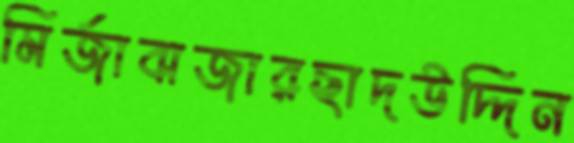
মির্জাবাজারছাদউদ্দিন